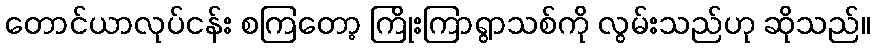
တောင်ယာလုပ်ငန်း စကြတော့ ကြိုးကြာရွာသစ်ကို လွမ်းသည်ဟု ဆိုသည်။